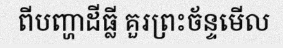
ពីបញ្ហាដីធ្លី គួរព្រះច័ន្ទមើល